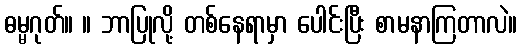
ဓမ္မဂုတ်။ ။ ဘာပြုလို့ တစ်နေရာမှာ ပေါင်းပြီး စာမနာကြတာလဲ။